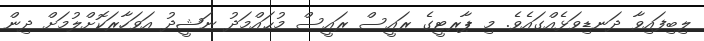
ލިބިފައިވާ ދަނޑިވަޅެއްގައެވެ. މި ޕާރޓީގެ ރައީސް ރައީސް މުޙައްމަދު ނަޝީދު އަވަހާރަކޮށްލުމަށް ދިން